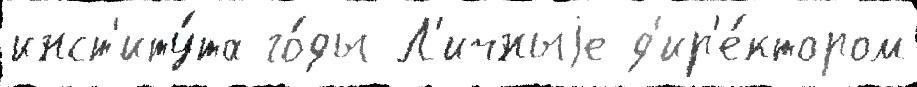
инст'иту́та го́ды Л'ичныjе д'ир'е́ктором